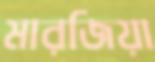
মারজিয়া